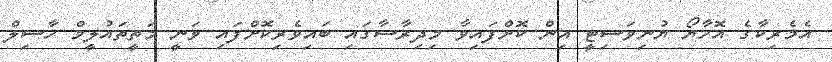
އެމެރިކާގެ އޮހާޔޯ ޔުނިވަސިޓީ އިން ކޮށްފައިވާ މިދިރާސާގައި ބައިވެރިކޮށްފައި ވަނީ މަތީތައުލީމް ހާސިލް